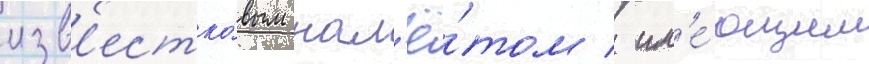
изв'естко́вым нал'ё́том / им'е́ющим